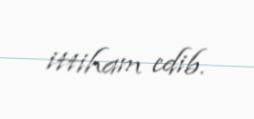
ittiham edib.